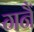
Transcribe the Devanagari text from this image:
गनैं